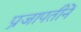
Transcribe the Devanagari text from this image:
प्रजापतीनें